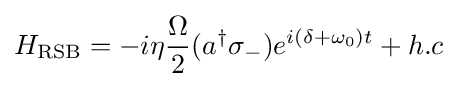
H_{\rm {RSB}}=-i\eta {\frac {\Omega }{2}}(a^{\dagger }\sigma _{-})e^{i(\delta +\omega _{0})t}+h.c